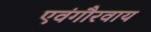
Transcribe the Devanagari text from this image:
एवंगौरवाय